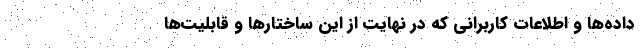
داده‌ها و اطلاعات کاربرانی که در نهایت از این ساختارها و قابلیت‌ها